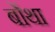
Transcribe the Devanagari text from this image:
बोंथा